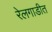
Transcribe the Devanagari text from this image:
रेलगाडीत